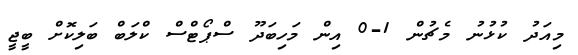
މިއަދު ކުޅުނު މެޗުން 1-0 އިން މަހިބަދޫ ސްޕޯޓްސް ކްލަބް ބަލިކޮށް ބީޖީ